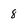
Character: 8